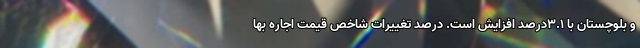
و بلوچستان با 3.1درصد افزایش است. درصد تغییرات شاخص قیمت اجاره بها